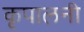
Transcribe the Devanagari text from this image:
कृपालनी